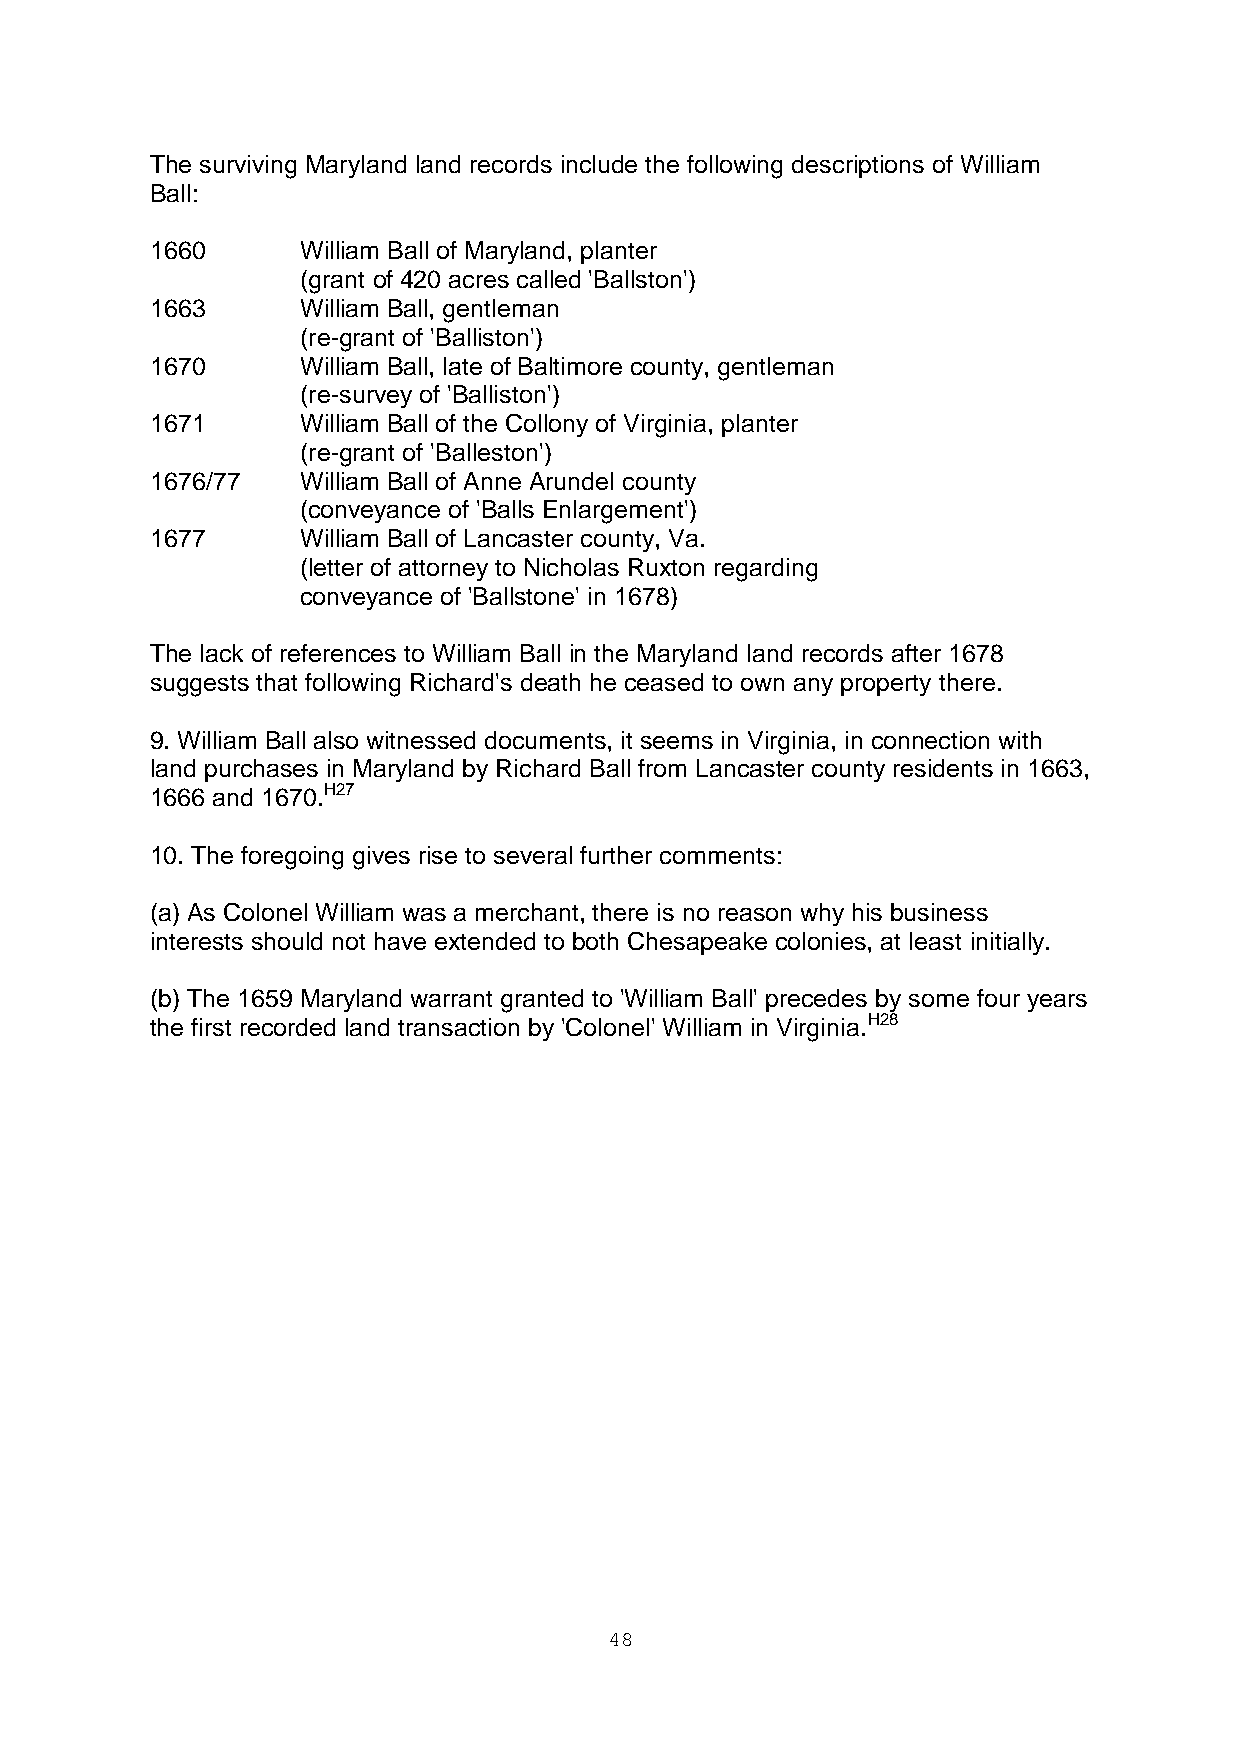
The surviving Maryland land records include the following descriptions of William
 Ball:
 1660      William Ball of Maryland, planter
 (grant of 420 acres called 'Ballston')
 1663      William Ball, gentleman
 (re-grant of 'Balliston')
 1670      William Ball, late of Baltimore county, gentleman
 (re-survey of 'Balliston')
 1671      William Ball of the Collony of Virginia, planter
 (re-grant of 'Balleston')
 1676/77   William Ball of Anne Arundel county
 (conveyance of 'Balls Enlargement')
 1677      William Ball of Lancaster county, Va.
 (letter of attorney to Nicholas Ruxton regarding
 conveyance of 'Ballstone' in 1678)
 The lack of references to William Ball in the Maryland land records after 1678
 suggests that following Richard's death he ceased to own any property there.
 9. William Ball also witnessed documents, it seems in Virginia, in connection with
 land purchases in Maryland by Richard Ball from Lancaster county residents in 1663,
 1666 and 1670.H27
 10. The foregoing gives rise to several further comments:
 (a) As Colonel William was a merchant, there is no reason why his business
 interests should not have extended to both Chesapeake colonies, at least initially.
 (b) The 1659 Maryland warrant granted to 'William Ball' precedes by some four years
 the first recorded land transaction by 'Colonel' William in Virginia.H28
 48